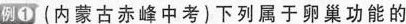
例1（内蒙古赤峰中考）下列属于卵巢功能的